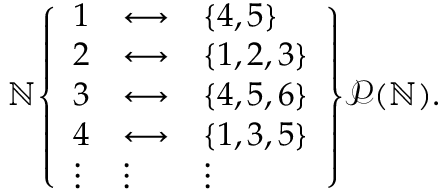
\mathbb { N } { \left\{ \begin{array} { l l l } { 1 } & { \longleftrightarrow } & { \{ 4 , 5 \} } \\ { 2 } & { \longleftrightarrow } & { \{ 1 , 2 , 3 \} } \\ { 3 } & { \longleftrightarrow } & { \{ 4 , 5 , 6 \} } \\ { 4 } & { \longleftrightarrow } & { \{ 1 , 3 , 5 \} } \\ { \vdots } & { \vdots } & { \vdots } \end{array} \right\} } { \mathcal { P } } ( \mathbb { N } ) .